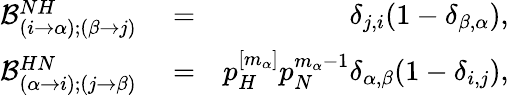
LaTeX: \begin{array}{rlr}{\mathcal{B}_{(i\to\alpha);(\beta\to j)}^{NH}}&{{}=}&{\delta_{j,i}(1-\delta_{\beta,\alpha}),}\\ {\mathcal{B}_{(\alpha\to i);(j\to\beta)}^{HN}}&{{}=}&{p_{H}^{[m_{\alpha}]}p_{N}^{m_{\alpha}-1}\delta_{\alpha,\beta}(1-\delta_{i,j}),}\end{array}